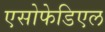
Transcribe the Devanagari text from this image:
एसोफेडिएल